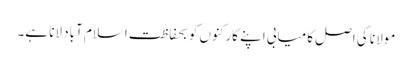
مولانا کی اصل کامیابی اپنے کارکنوں کو بحفاظت اسلام آباد لانا ہے۔